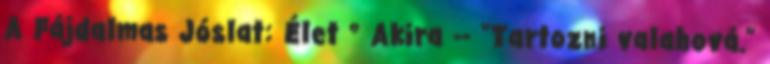
A Fájdalmas Jóslat: Élet ° Akira -- "Tartozni valahová."